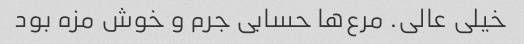
خیلی عالی. مرع‌ها حسابی جرم و خوش مزه بود